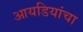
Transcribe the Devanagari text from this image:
आयडियांचा